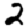
Digit: 2